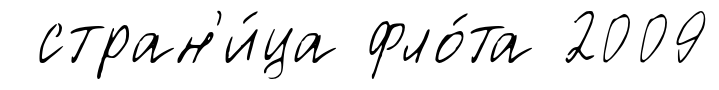
стран'и́ца фло́та 2009